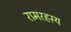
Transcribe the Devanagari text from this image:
रामरहस्य